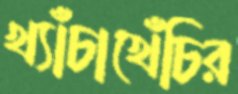
খ্যাঁচাখেঁচির